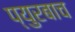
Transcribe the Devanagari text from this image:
प्युरबाच